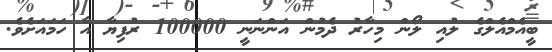
ބީއެމްއެލްގެ ލުއި ލޯން މިހާރު ދެމުން އަންނަނީ 100000 ރުފިޔާ އާ ހަމައަށެވެ.